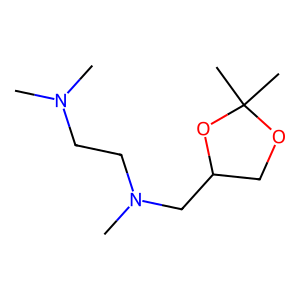
SMILES: CN(C)CCN(C)CC1COC(C)(C)O1
Inhibits HIV replication: No